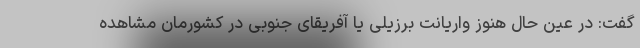
گفت: در عین حال هنوز واریانت برزیلی یا آفریقای جنوبی در کشورمان مشاهده